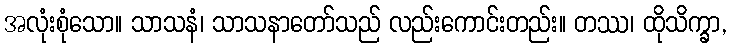
အလုံးစုံသော။ သာသနံ၊ သာသနာတော်သည် လည်းကောင်းတည်း။ တဿ၊ ထိုသိက္ခာ,